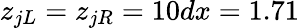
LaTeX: z_{jL}=z_{jR}=10dx=1.71